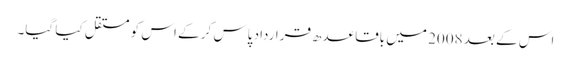
اس کے بعد 2008 میں باقاعدھ قرارداد پاس کر کے اس کو مستقل کیا گیا۔